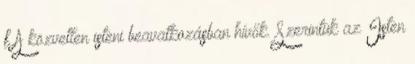
f A közvetlen isteni beavatkozásban hívők. Szerintük az Isten